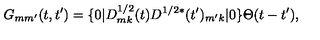
G _ { m m ^ { \prime } } ( t , t ^ { \prime } ) = \{ 0 | D _ { m k } ^ { 1 / 2 } ( t ) D ^ { 1 / 2 * } ( t ^ { \prime } ) _ { m ^ { \prime } k } | 0 \} \Theta ( t - t ^ { \prime } ) ,